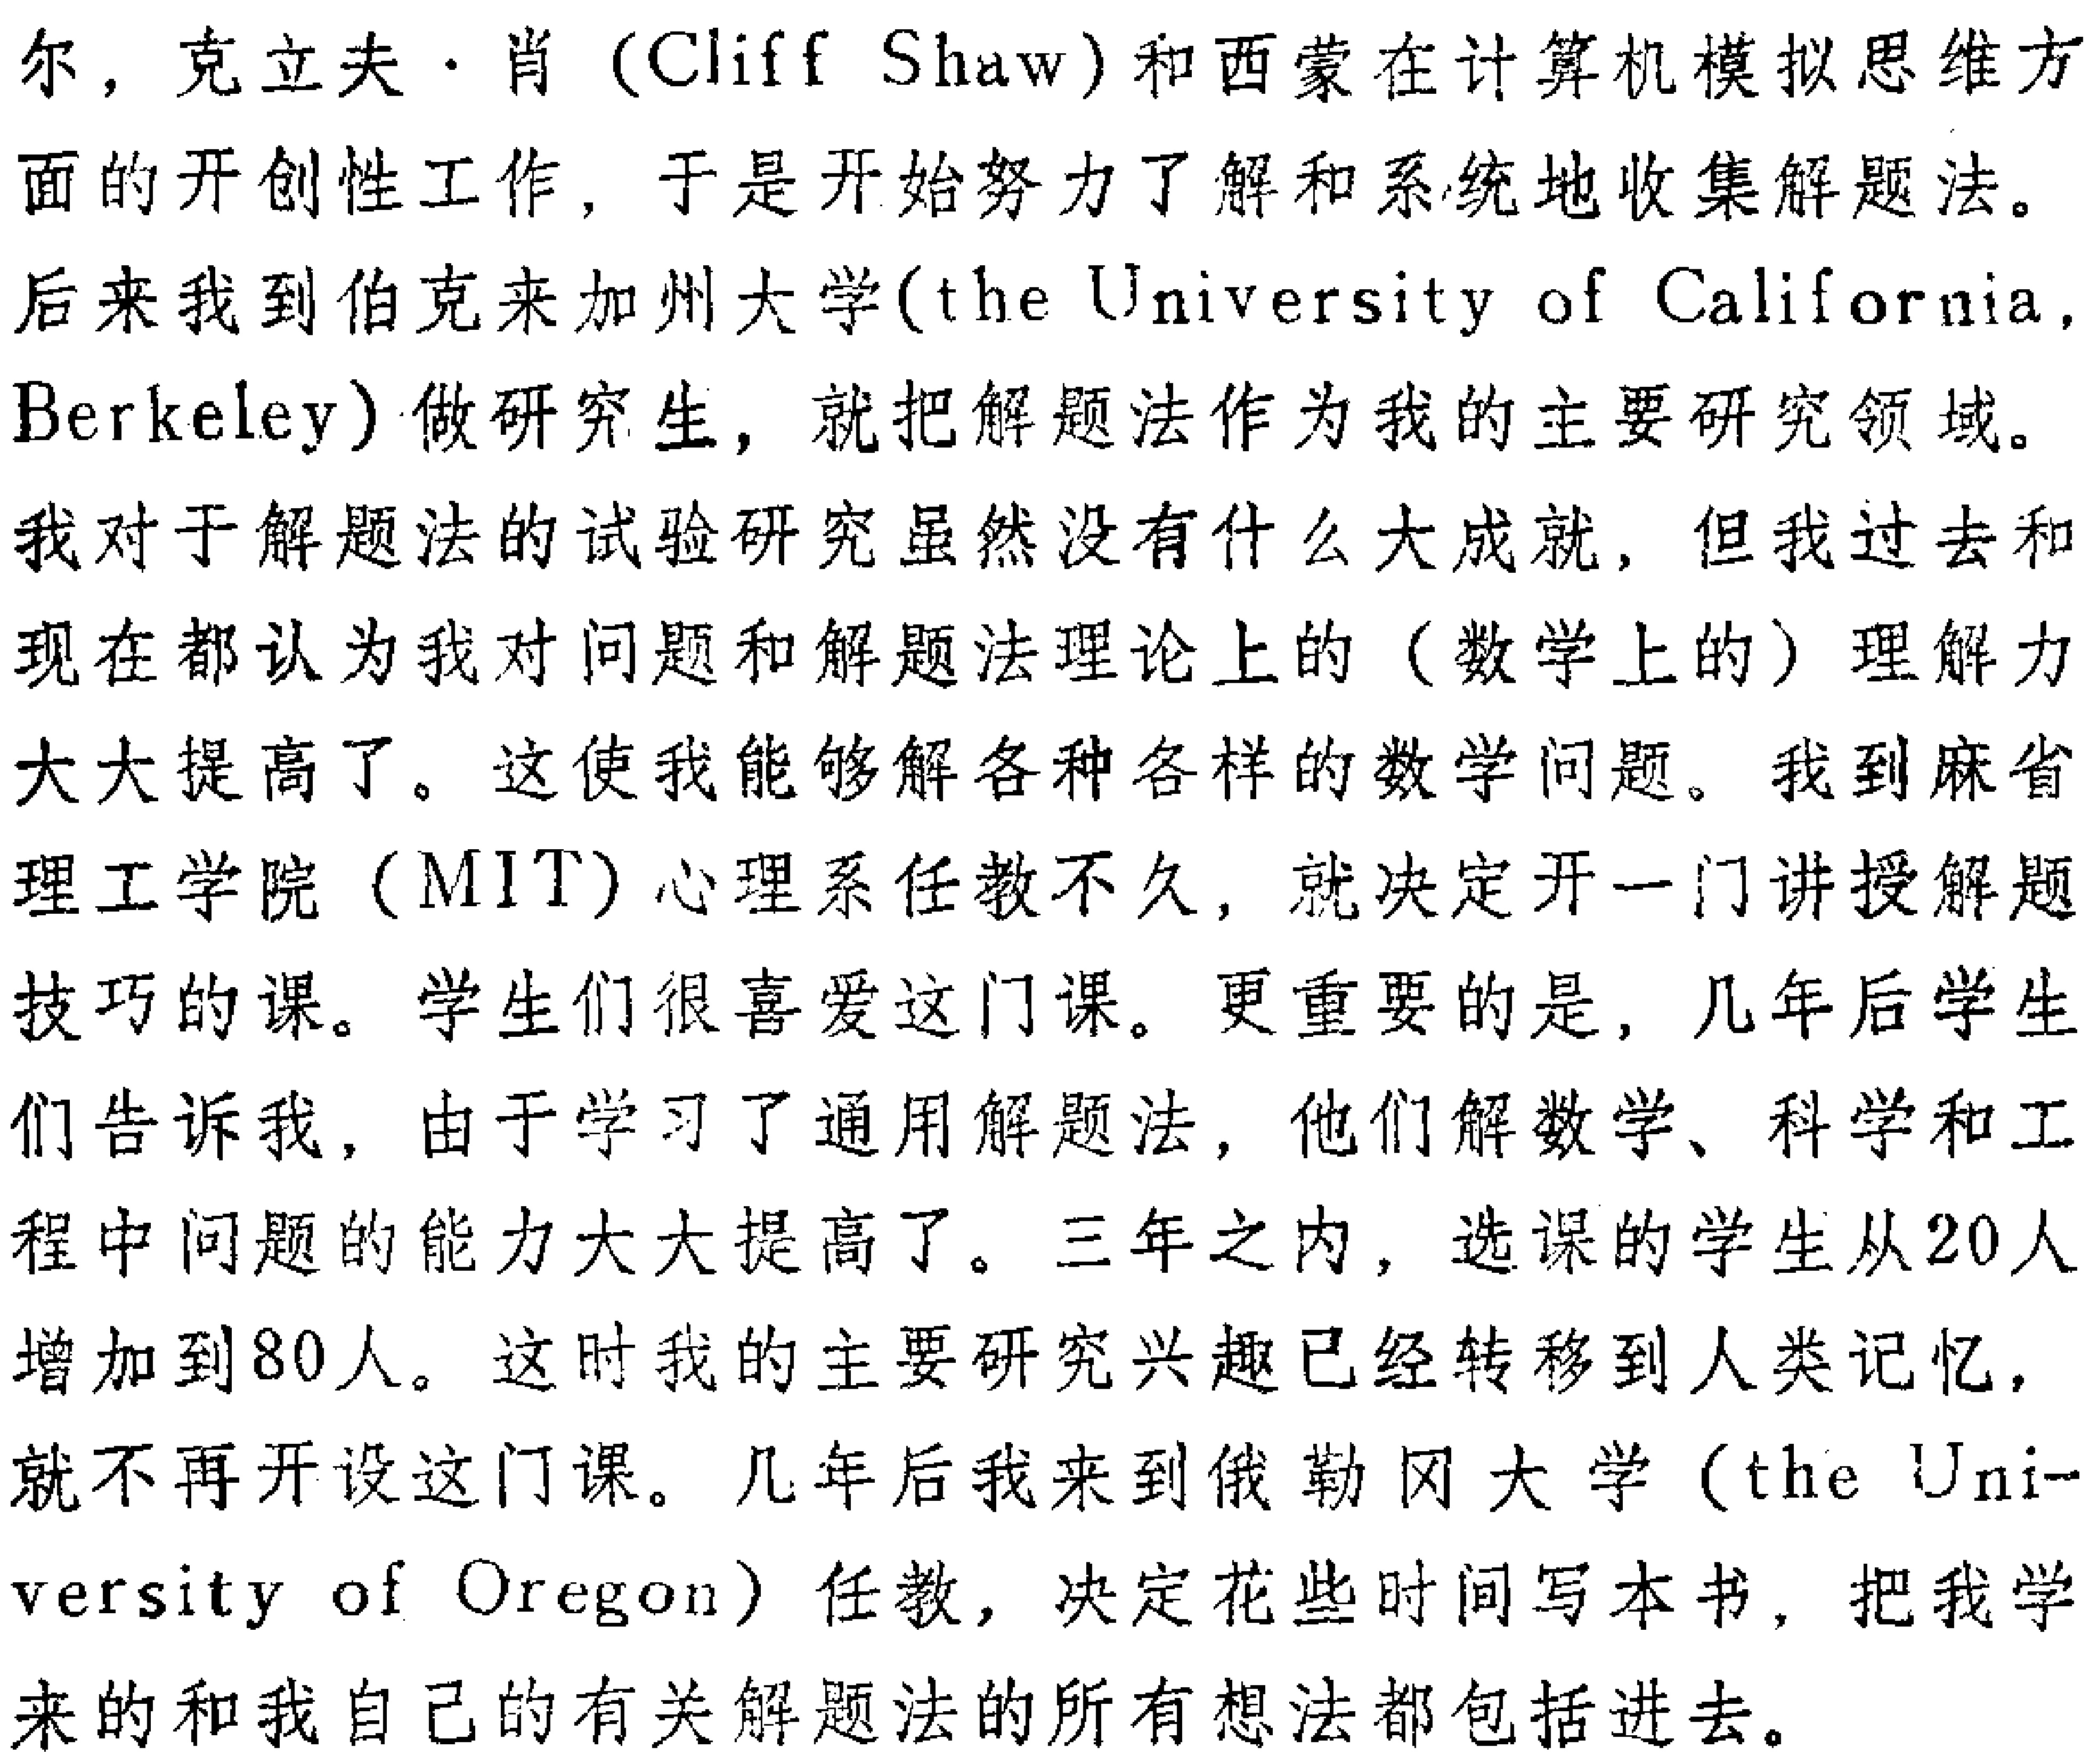
尔，克立夫·肖（Cliff Shaw）和西蒙在计算机模拟思维方

面的开创性工作，于是开始努力了解和系统地收集解题法。

后来我到伯克利加州大学(the University of California,

Berkeley）做研究生，就把解题法作为我的主要研究领域。

我对于解题法的试验研究虽然没有什么大成就，但我过去和

现在都认为我对问题和解题法理论上的（数学上的）理解力

大大提高了。这使我能够解各种各样的数学问题。我到麻省

理工学院（MIT）心理系任教不久，就决定开一门讲授解题

技巧的课。学生们很喜爱这门课。更重要的是，几年后学生

们告诉我，由于学习了通用解题法，他们解数学、科学和工

程中问题的能力大大提高了。三年之内，选课的学生从20人

增加到80人。这时我的主要研究兴趣已经转移到人类记忆，

就不再开设这门课。几年后我来到俄勒冈大学（the Uni-

versity of Oregon）任教，决定花些时间写本书，把我学

来的和我自己的有关解题法的所有想法都包括进去。